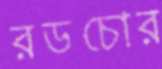
রডচোর